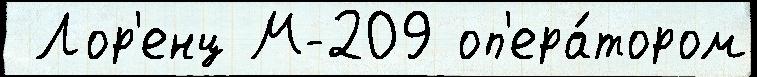
 Лор'енц М-209 оп'ера́тором